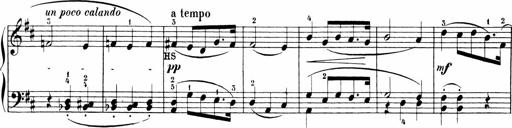
Title: Sonatinen Op.47, 98 und 136, nebst 6 Liedersonatinen
Composer: Carl Reinecke